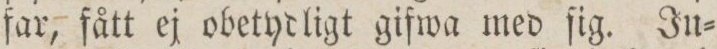
far, fått ej obetydligt gifwa med ſig. Ju=